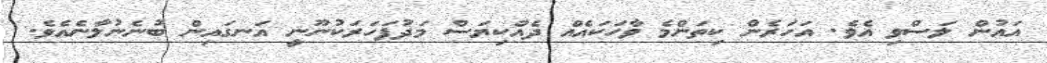
އައުން ލަސްވި އެވެ. އަހަރެން ކިތަންމެ ވާހަކައެއް ދެއްކިޔަސް މަދުފަހަރަކުނޫނީ އަނގައިން ބުނެނުލާނެއެވެ.